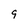
Character: 9